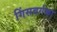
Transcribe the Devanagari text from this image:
गिंसबर्गका